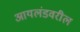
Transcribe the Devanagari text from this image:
आयलंडवरील